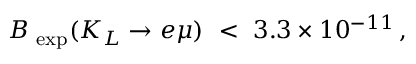
B _ { \mathrm { \scriptsize ~ e x p } } ( K _ { L } \to e \mu ) \ < \ 3 . 3 \times 1 0 ^ { - 1 1 } \, ,